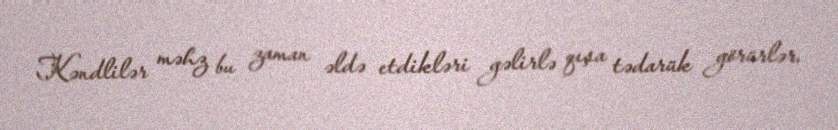
Kəndlilər məhz bu zaman əldə etdikləri gəlirlə qışa tədarük görürlər.